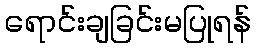
ရောင်းချခြင်းမပြုရန်